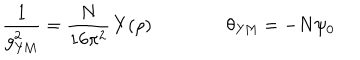
\frac { 1 } { g _ { \mathrm { Y M } } ^ { 2 } } = \frac { N } { 1 6 \pi ^ { 2 } } \, Y ( \rho ) \theta _ { \mathrm { Y M } } = - N \psi _ { 0 }